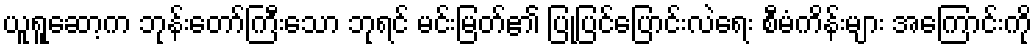
ယူရူဆော့က ဘုန်းတော်ကြီးသော ဘုရင် မင်းမြတ်၏ ပြုပြင်ပြောင်းလဲရေး စီမံကိန်းများ အကြောင်းကို